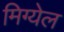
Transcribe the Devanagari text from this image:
मिग्येल